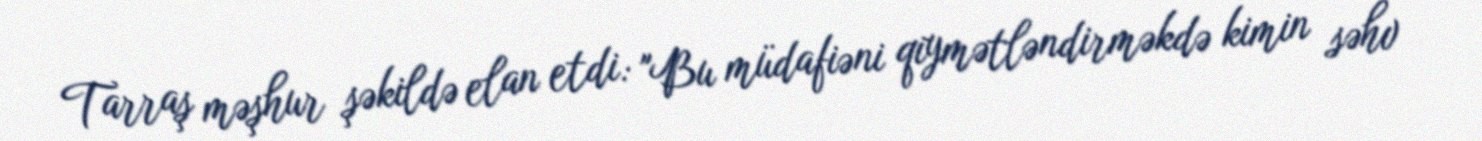
Tarraş məşhur şəkildə elan etdi: "Bu müdafiəni qiymətləndirməkdə kimin səhv